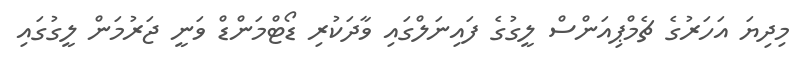
މިދިޔަ އަހަރުގެ ޗެމްޕިއަންސް ލީގުގެ ފައިނަލްގައި ވާދަކުރި ޑޯޓްމަންޑް ވަނީ ޖަރުމަން ލީގުގައި